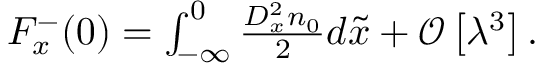
\begin{array} { r } { F _ { x } ^ { - } ( 0 ) = \int _ { - \infty } ^ { 0 } \frac { D _ { x } ^ { 2 } n _ { 0 } } { 2 } d \tilde { x } + \mathcal { O } \left[ \lambda ^ { 3 } \right] . } \end{array}